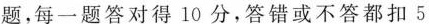
题，每一题答对得10分，答错或不答都扣5